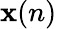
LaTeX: {\textbf{x}}(n)